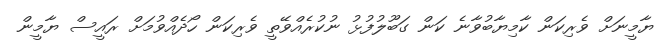
ޔާމީނަށް ވެރިކަން ކާމިޔާބުވާނެ ކަން ގަބޫލުފުޅު ނުކުރެއްވޭތީ ވެރިކަން ހޯދެއްވުމަށް ރައީސް ޔާމީން